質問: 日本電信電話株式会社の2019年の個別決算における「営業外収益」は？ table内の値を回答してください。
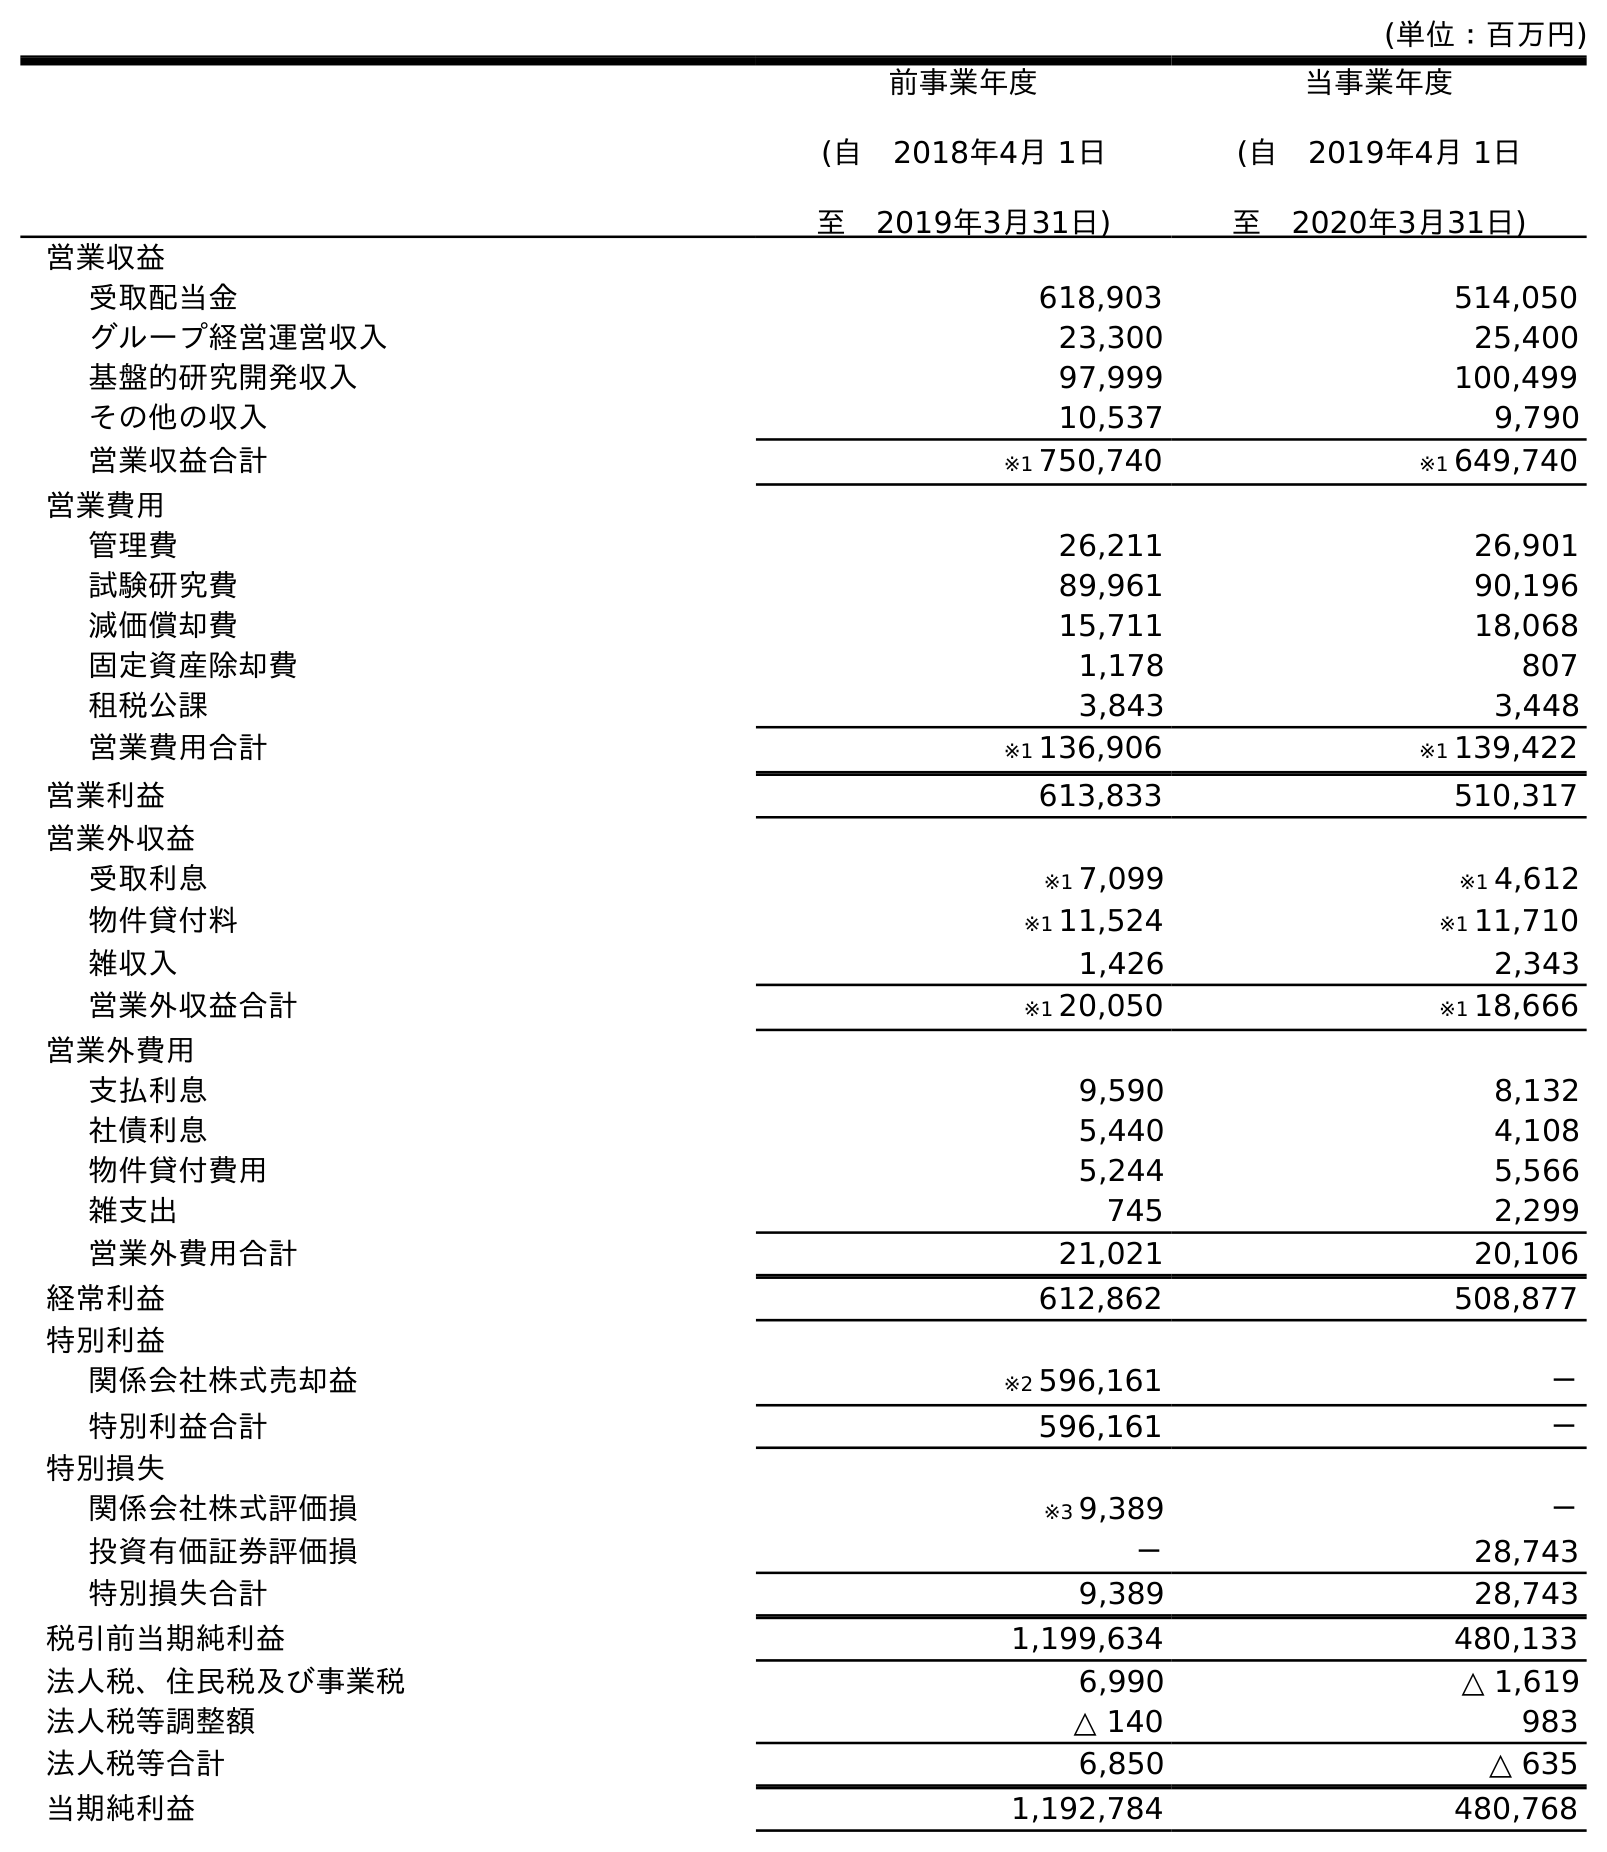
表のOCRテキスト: (単位：百万円) 前事業年度 (自 2018年4月 1日 至 2019年3月31日) 当事業年度 (自 2019年4月 1日 至 2020年3月31日) 営業収益 受取配当金 618,903 514,050 グループ経営運営収入 23,300 25,400 基盤的研究開発収入 97,999 100,499 その他の収入 10,537 9,790 営業収益合計 ※1 750,740 ※1 649,740 営業費用 管理費 26,211 26,901 試験研究費 89,961 90,196 減価償却費 15,711 18,068 固定資産除却費 1,178 807 租税公課 3,843 3,448 営業費用合計 ※1 136,906 ※1 139,422 営業利益 613,833 510,317 営業外収益 受取利息 ※1 7,099 ※1 4,612 物件貸付料 ※1 11,524 ※1 11,710 雑収入 1,426 2,343 営業外収益合計 ※1 20,050 ※1 18,666 営業外費用 支払利息 9,590 8,132 社債利息 5,440 4,108 物件貸付費用 5,244 5,566 雑支出 745 2,299 営業外費用合計 21,021 20,106 経常利益 612,862 508,877 特別利益 関係会社株式売却益 ※2 596,161 － 特別利益合計 596,161 － 特別損失 関係会社株式評価損 ※3 9,389 － 投資有価証券評価損 － 28,743 特別損失合計 9,389 28,743 税引前当期純利益 1,199,634 480,133 法人税、住民税及び事業税 6,990 △ 1,619 法人税等調整額 △ 140 983 法人税等合計 6,850 △ 635 当期純利益 1,192,784 480,768
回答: ※120,050